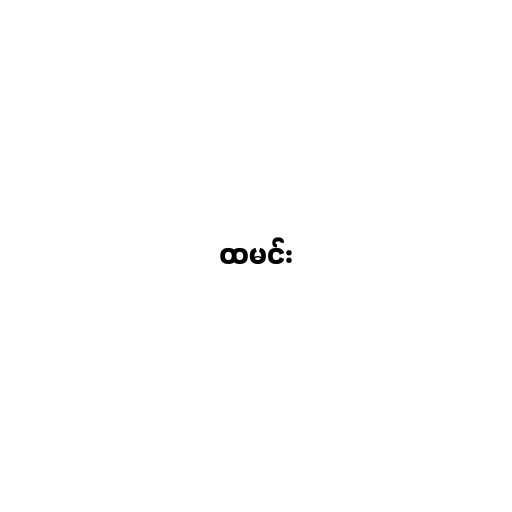
ထမင်း